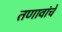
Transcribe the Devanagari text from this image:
तणावांचे